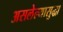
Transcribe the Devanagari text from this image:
असलेल्यासुद्धा